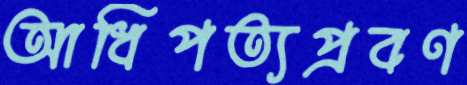
আধিপত্যপ্রবণ